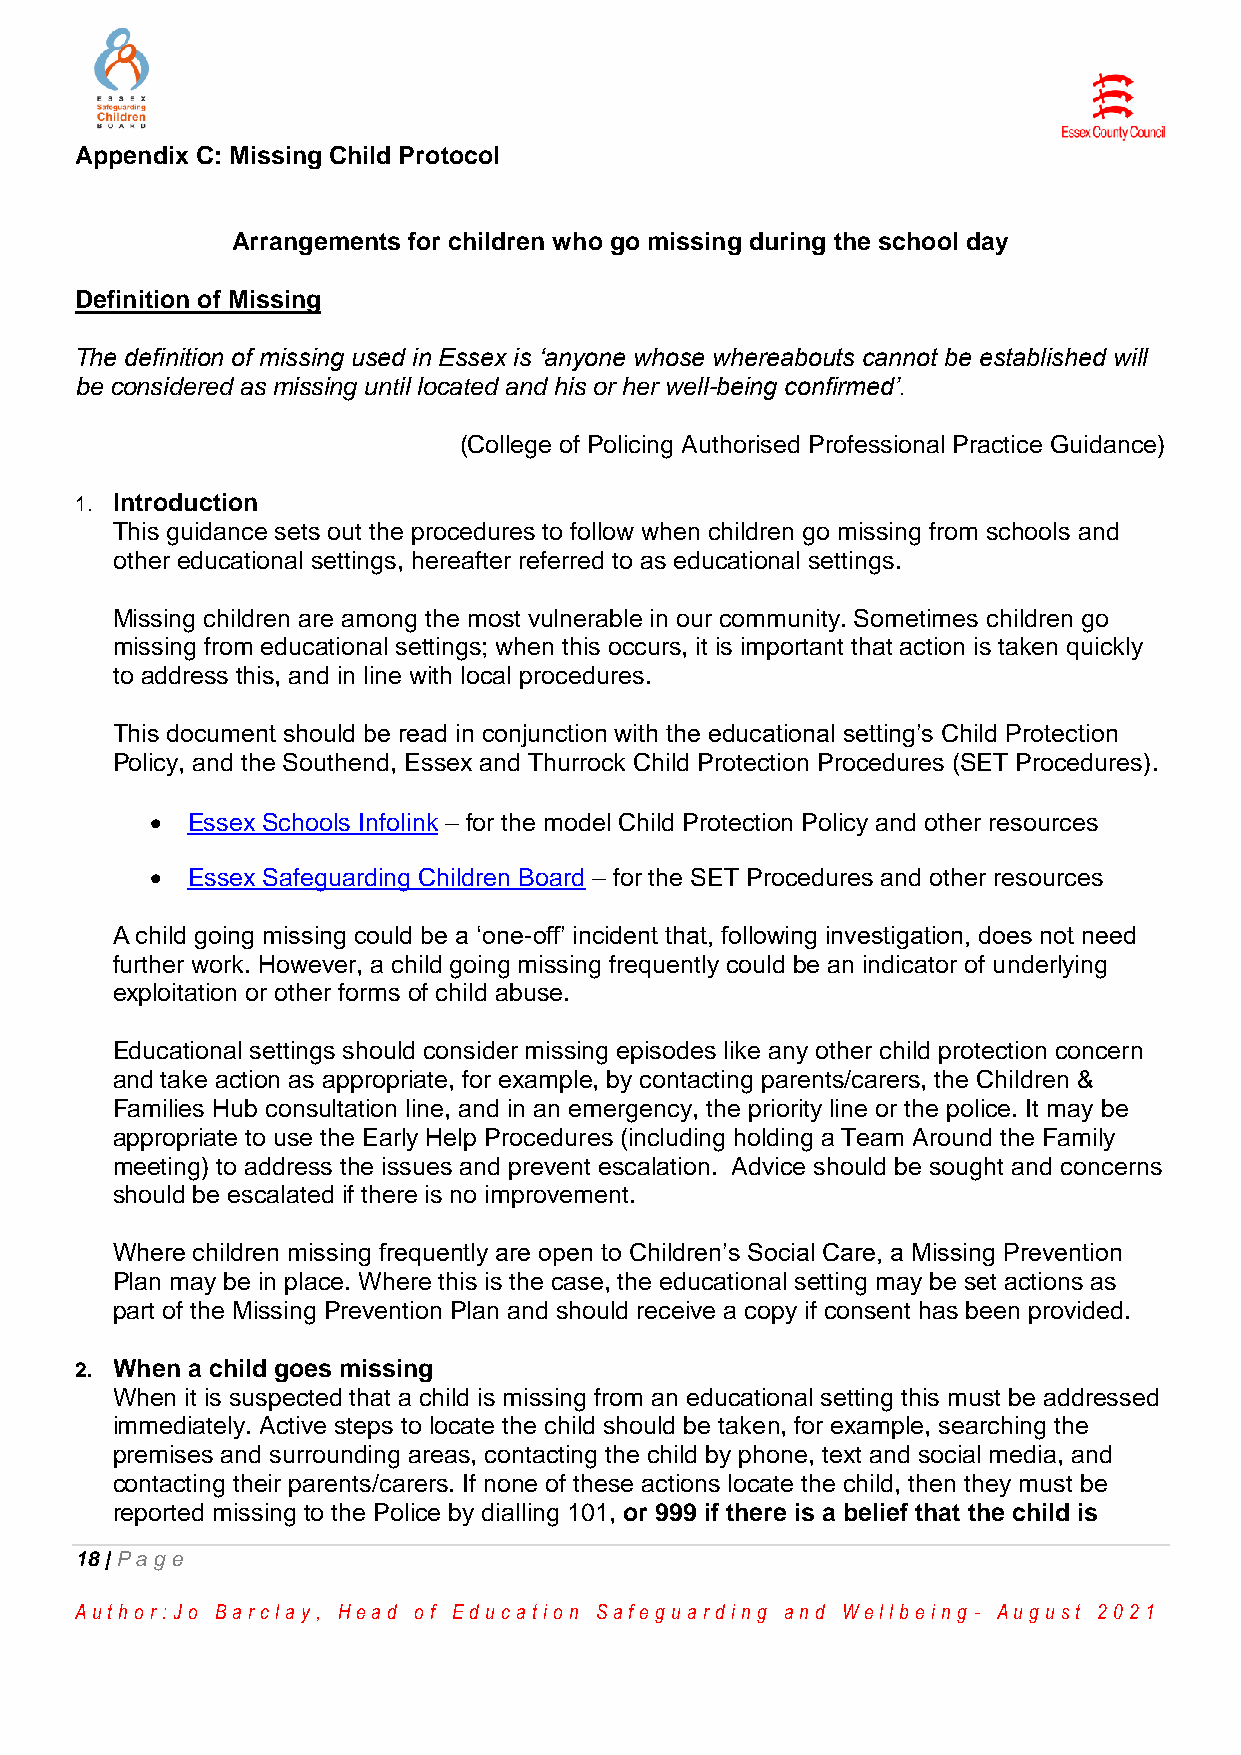
Appendix C: Missing Child Protocol
 Arrangements for children who go missing during the school day
 Definition of Missing
 The definition of missing used in Essex is ‘anyone whose whereabouts cannot be established will
 be considered as missing until located and his or her well-being confirmed’.
 (College of Policing Authorised Professional Practice Guidance)
 1. Introduction
 This guidance sets out the procedures to follow when children go missing from schools and
 other educational settings, hereafter referred to as educational settings.
 Missing children are among the most vulnerable in our community. Sometimes children go
 missing from educational settings; when this occurs, it is important that action is taken quickly
 to address this, and in line with local procedures.
 This document should be read in conjunction with the educational setting’s Child Protection
 Policy, and the Southend, Essex and Thurrock Child Protection Procedures (SET Procedures).
  Essex Schools Infolink – for the model Child Protection Policy and other resources
  Essex Safeguarding Children Board – for the SET Procedures and other resources
 A child going missing could be a ‘one-off’ incident that, following investigation, does not need
 further work. However, a child going missing frequently could be an indicator of underlying
 exploitation or other forms of child abuse.
 Educational settings should consider missing episodes like any other child protection concern
 and take action as appropriate, for example, by contacting parents/carers, the Children &
 Families Hub consultation line, and in an emergency, the priority line or the police. It may be
 appropriate to use the Early Help Procedures (including holding a Team Around the Family
 meeting) to address the issues and prevent escalation. Advice should be sought and concerns
 should be escalated if there is no improvement.
 Where children missing frequently are open to Children’s Social Care, a Missing Prevention
 Plan may be in place. Where this is the case, the educational setting may be set actions as
 part of the Missing Prevention Plan and should receive a copy if consent has been provided.
 2. When a child goes missing
 When it is suspected that a child is missing from an educational setting this must be addressed
 immediately. Active steps to locate the child should be taken, for example, searching the
 premises and surrounding areas, contacting the child by phone, text and social media, and
 contacting their parents/carers. If none of these actions locate the child, then they must be
 reported missing to the Police by dialling 101, or 999 if there is a belief that the child is
 18 | Pa ge
 Au th o r :Jo Ba r cla y, He a d o f Ed u ca tio n Sa fe g u a r d in g a n d We llb e in g - Au g u st 2 0 2 1